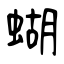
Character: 蝴